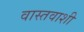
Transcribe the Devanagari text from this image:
वास्तवाशी